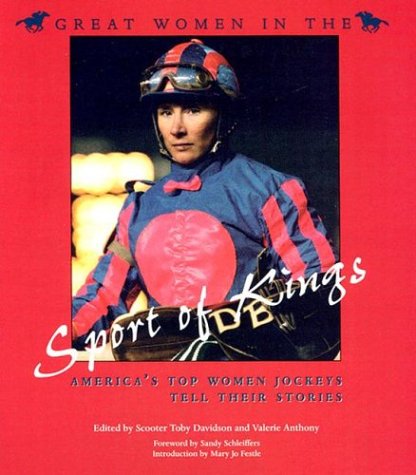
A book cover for Great Women in the Sport of Kings: America's Top Women Jockeys Tell Their Stories (Sports and Entertainment); Scooter Davidson; Sports & Outdoors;